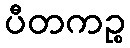
ပီတကဉ္စ